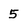
Character: 5